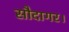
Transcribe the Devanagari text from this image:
सौदागर।